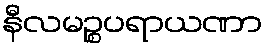
နီလမဉ္စပရာယဏာ